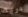
دريك